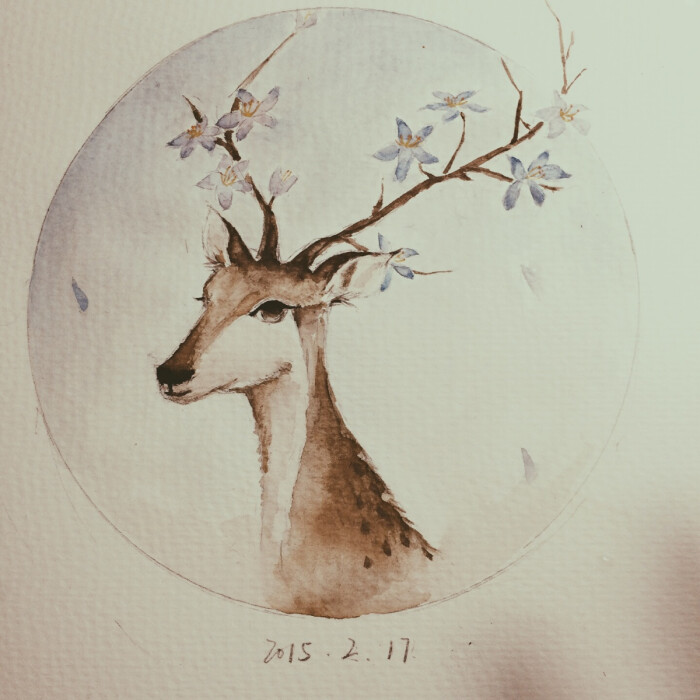
鹿车何日驾，归去颍东田。